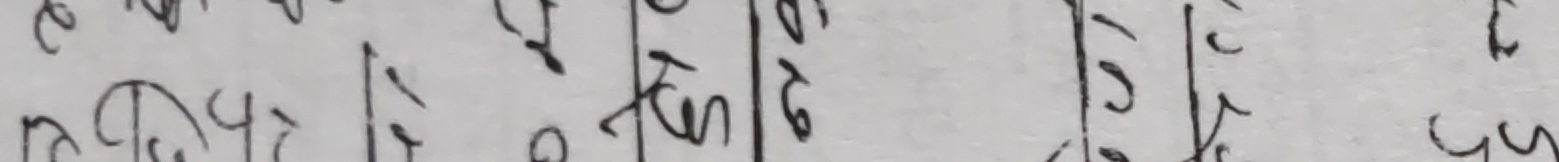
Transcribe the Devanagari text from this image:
१७ र्‌ह छ ।